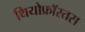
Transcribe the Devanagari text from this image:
थियोफ्रॉस्तस